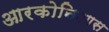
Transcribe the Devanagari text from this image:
आरकोनिआस